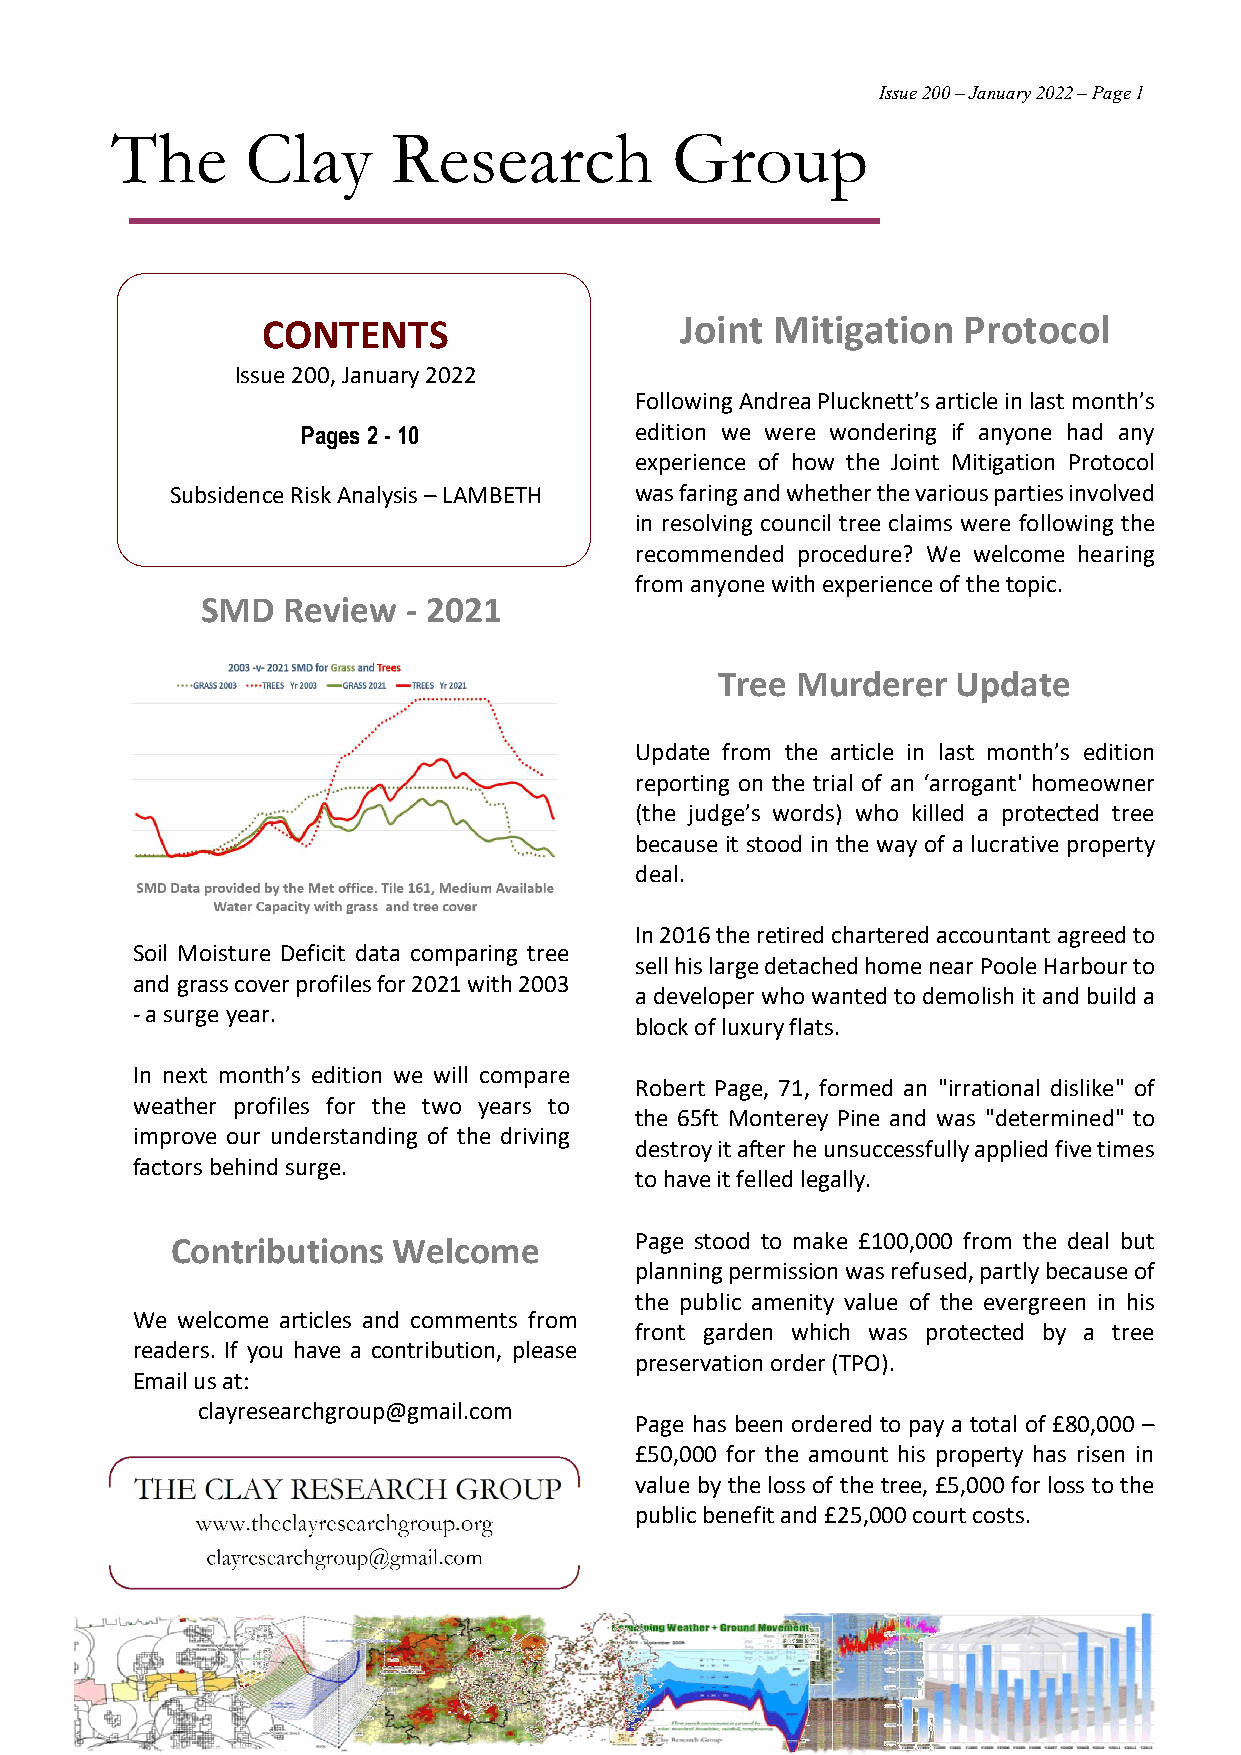
Issue 200 – January 2022 – Page 1
 The      Clay      Research          Group
 CONTENTS                    Joint Mitigation   Protocol
 Issue 200, January 2022
 Following Andrea Plucknett’s article in last month’s
 Pages 2 - 10          edition we were wondering if anyone had any
 experience of how the Joint Mitigation Protocol
 Subsidence Risk Analysis – LAMBETH was faring and whether the various parties involved
 in resolving council tree claims were following the
 recommended procedure? We welcome hearing
 from anyone with experience of the topic.
 SMD   Review  - 2021
 Tree  Murderer  Update
 Update from the article in last month’s edition
 reporting on the trial of an ‘arrogant' homeowner
 (the judge’s words) who killed a protected tree
 because it stood in the way of a lucrative property
 deal.
 In 2016 the retired chartered accountant agreed to
 Soil Moisture Deficit data comparing tree
 sell his large detached home near Poole Harbour to
 and grass cover profiles for 2021 with 2003
 a developer who wanted to demolish it and build a
 - a surge year.
 block of luxury flats.
 In next month’s edition we will compare
 Robert Page, 71, formed an "irrational dislike" of
 weather profiles for the two years to
 the 65ft Monterey Pine and was "determined" to
 improve our understanding of the driving
 destroy it after he unsuccessfully applied five times
 factors behind surge.
 to have it felled legally.
 Contributions  Welcome         Page stood to make £100,000 from the deal but
 planning permission was refused, partly because of
 the public amenity value of the evergreen in his
 We welcome articles and comments from
 front garden which was protected by a tree
 readers. If you have a contribution, please
 preservation order (TPO).
 Email us at:
 clayresearchgroup@gmail.com
 Page has been ordered to pay a total of £80,000 –
 £50,000 for the amount his property has risen in
 value by the loss of the tree, £5,000 for loss to the
 public benefit and £25,000 court costs.